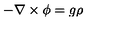
- \mathrm { \boldmath \nabla } \times \mathrm { \boldmath \phi } = g \rho